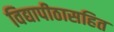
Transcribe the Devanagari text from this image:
विद्यापीठासहित